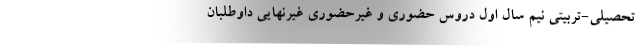
تحصیلی-تربیتی نیم سال اول دروس حضوری و غیرحضوری غیرنهایی داوطلبان